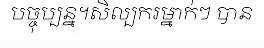
បច្ចុប្បន្ន។សិល្បករម្នាក់ៗ បាន